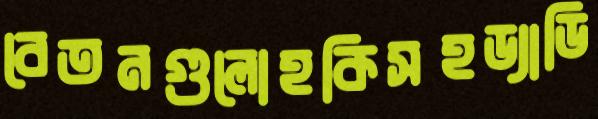
বেতনগুলোহকিসহড্যাডি